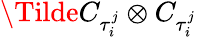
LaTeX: \Tilde{C}_{\tau_{i}^{j}}\otimes C_{\tau_{i}^{j}}